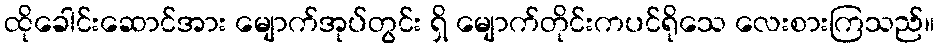
ထိုခေါင်းဆောင်အား မျောက်အုပ်တွင်း ရှိ မျောက်တိုင်းကပင်ရိုသေ လေးစားကြသည်။